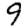
Digit: 9